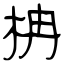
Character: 柟